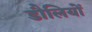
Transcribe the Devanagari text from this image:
डौलियों